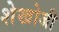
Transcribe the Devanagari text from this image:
शेखोजी